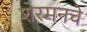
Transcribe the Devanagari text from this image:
शेरमनचे